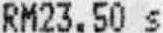
RM23.50 S